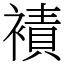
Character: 襀